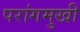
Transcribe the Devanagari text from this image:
परांगमुखी